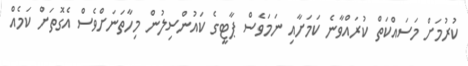
ކުރުމަށް މަސައްކަތް ކުރައްވާނެ ކަމަށާއި ނަަމަވެސް ޕާޓީގެ ކައުންސިލުން މިހާތަނަށްވެސް އެގޮތަށް ކަމެއް